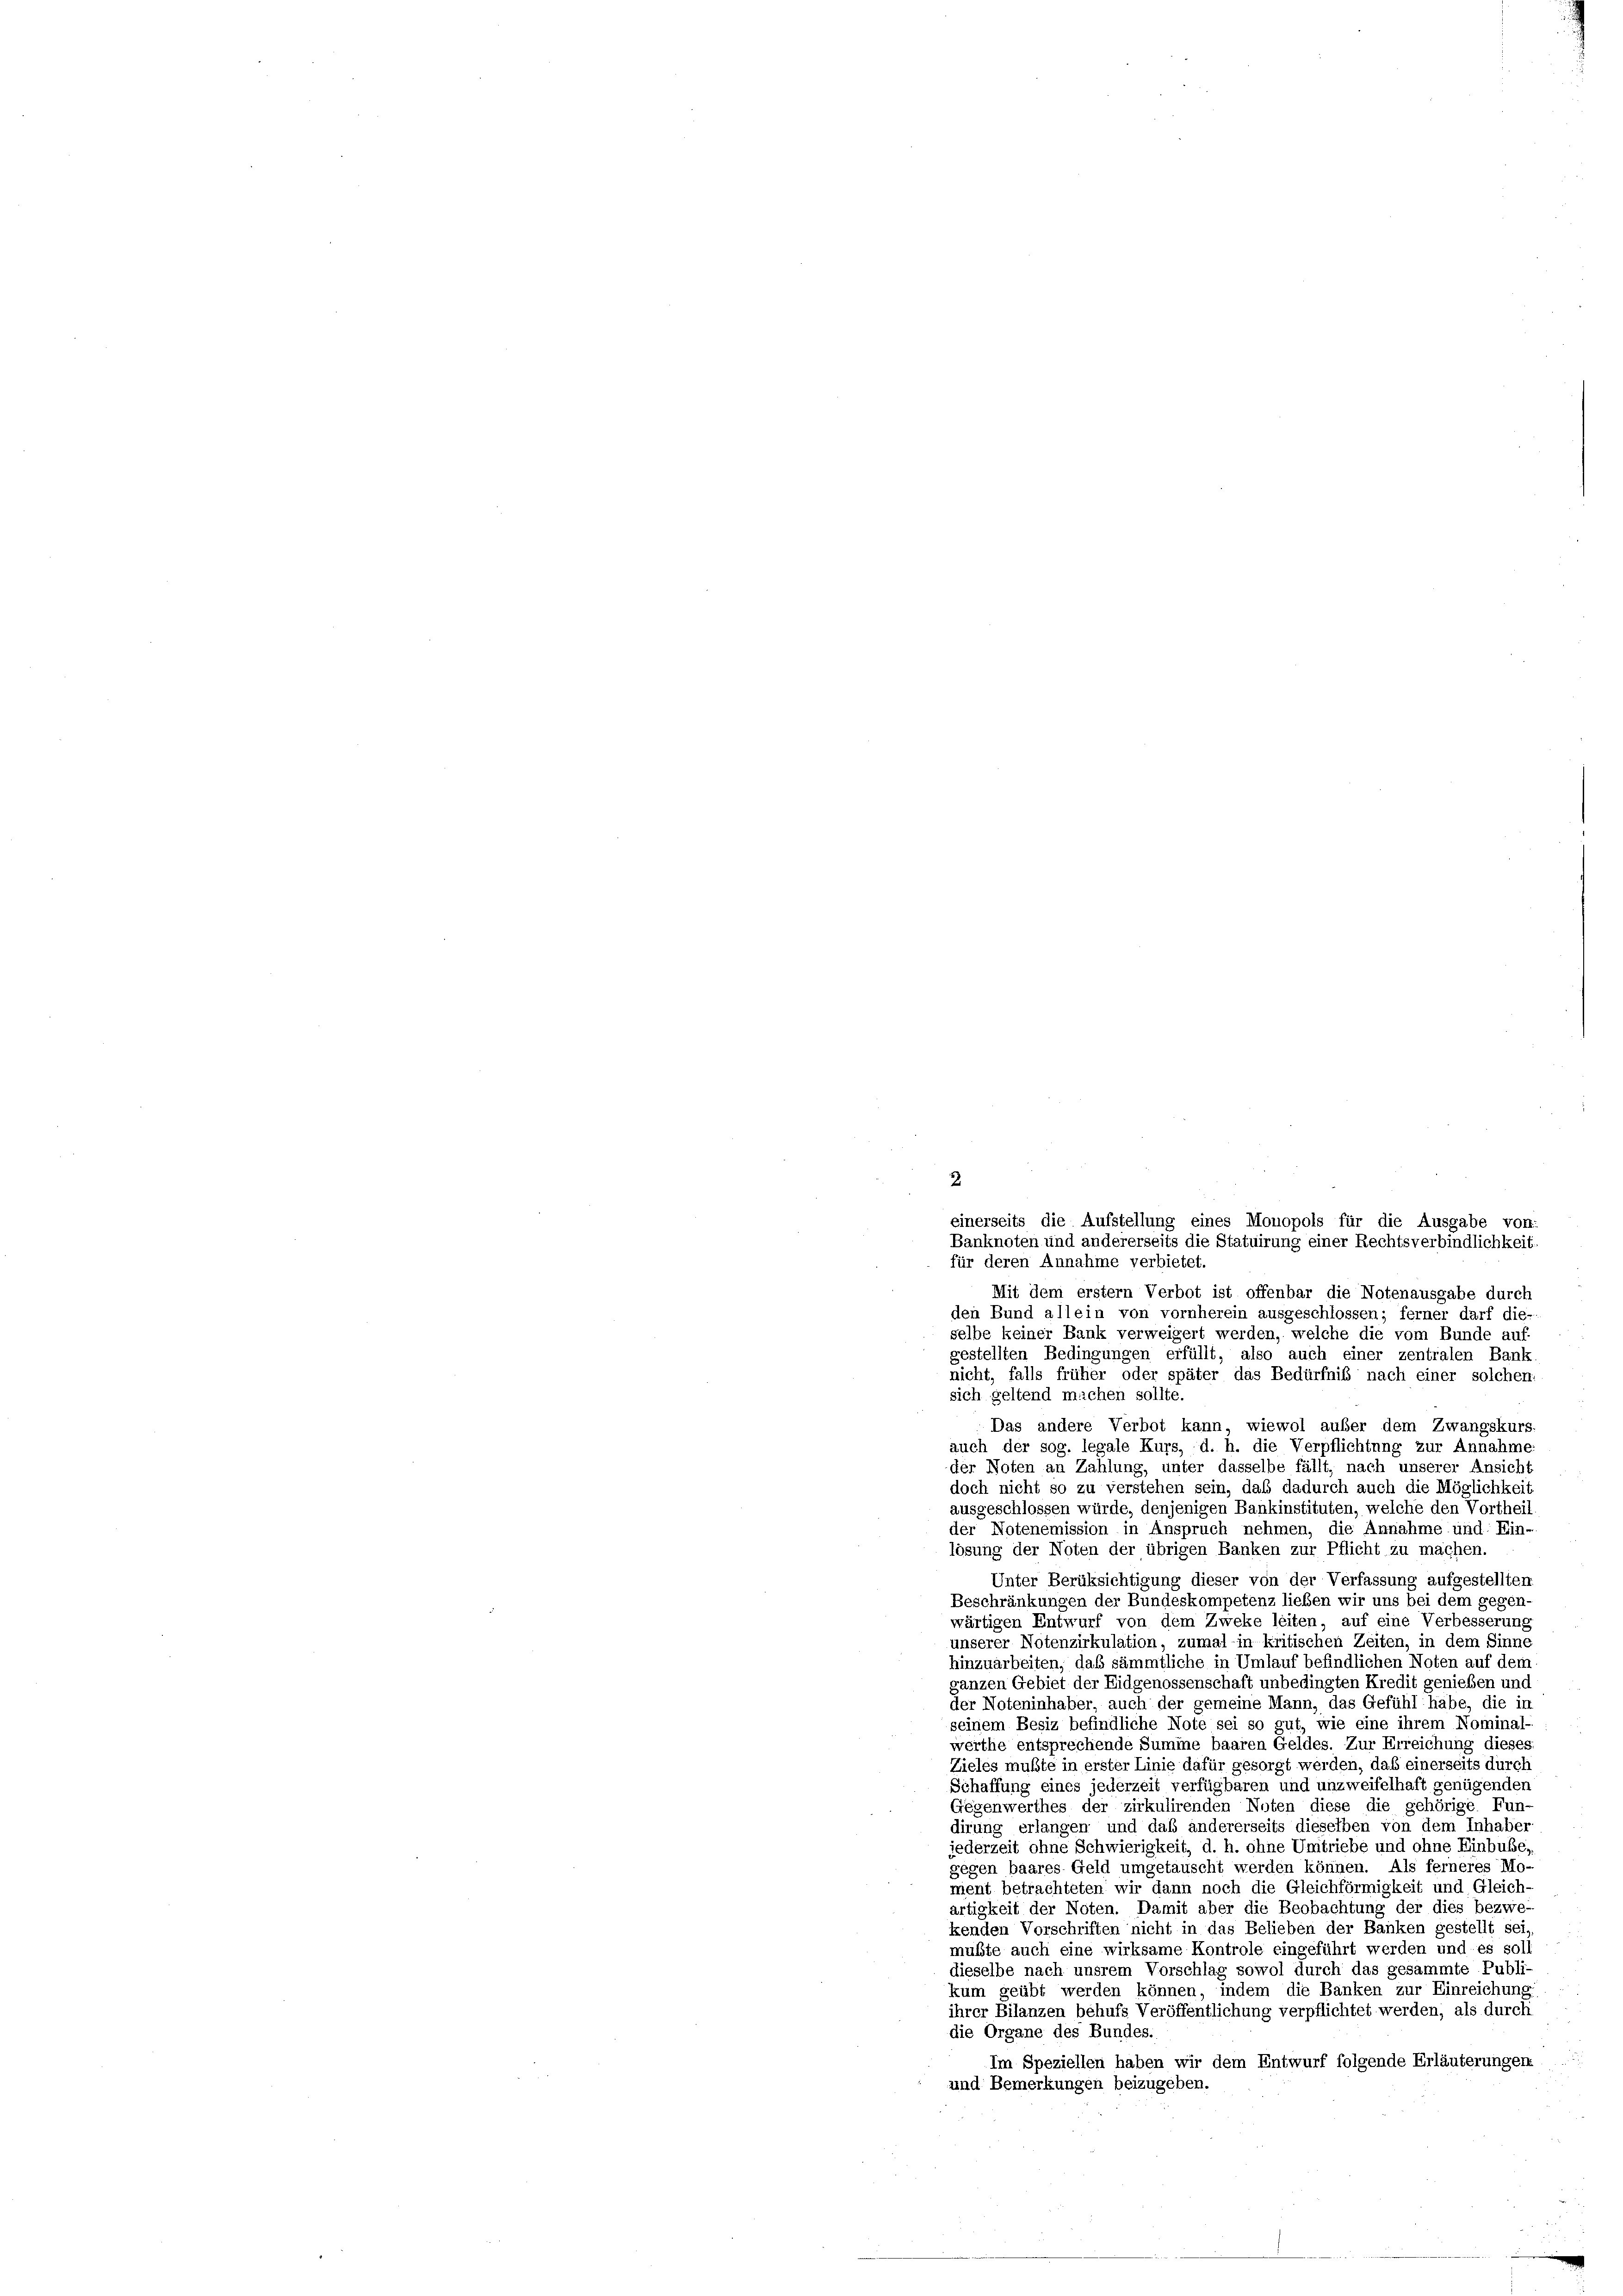
2

einerseits die Aufstellung eines Monopols für die Ausgabe von:
Banknoten und andererseits die Statuirung einer Rechtsverbindlichkeit
für deren Annahme verbietet.
Mit dem erstem Verbot ist offenbar die Notenausgabe durch
den Bund allein von vornherein ausgeschlossen; ferner darf die-
selbe keiner Bank verweigert werden, welche die vom Bunde auf
gestellten Bedingungen erfüllt, also auch einer zentralen Bank
nicht, falls früher oder später das Bedürfnis nach einer solchen:
sich geltend michen sollte.
Das andere Verbot kann, wiewol auber dem Zwangskurs-
auch der sog. legale Kurs, d. h. die Verpflichtung zur Annahme
der Noten an Zahlung, unter dasselbe fällt, nach unserer Ansicht
doch nicht so zu verstehen sein, daß dadurch auch die Möglichkeit
ausgeschlossen würde, denjenigen Bankinstituten, welche den Vortheil
der Notenemission in Anspruch nehmen, die Annahme und: Ein-
lösung der Noten der übrigen Banken zur Pflicht zu machen.
Unter Berüksichtigung dieser von der Verfassung aufgestellten
Beschränkungen der Bundeskompetenz lieben wir uns bei dem gegen-
wärtigen Entwurf von dem Zweke leiten, auf eine Verbesserung
unserer Notenzirkulation, zumal in kritischen Zeiten, in dem Sinne
hinzuarbeiten, daß sämmtliche in Umlauf befindlichen Noten auf dem
ganzen Gebiet der Eidgenossenschaft unbedingten Kredit genießen und
der Noteninhaber, auch der gemeine Mann, das Gefühl habe, die in
seinem Besiz befindliche Note sei so gut, wie eine ihrem Nominal-
werthe entsprechende Summe baaren Geldes. Zur Erreichung dieser
Zieles mußte in erster Linie dafür gesorgt werden, daß einerseits durch
Schaffung eines jederzeit verfügbaren und unzweifelhaft genügenden
Gegenwerthes der zirkulirenden Noten diese die gehörige Fun-
dirung erlangen und daß andererseits dieselben von dem Inhaber
jederzeit ohne Schwierigkeit, d. h. ohne Umtriebe und ohne Einbusser
gegen baares Geld umgetauscht werden können. Als ferneres Mo-
ment betrachteten wir dann noch die Gleichförmigkeit und Gleich-
artigkeit der Noten. Damit aber die Beobachtung der dies bezwe-
kenden Vorschriften nicht in das Belieben der Banken gestellt sei,
mußte auch eine wirksame Kontrole eingeführt werden und es soll
dieselbe nach unsrem Vorschlag sowol durch das gesammte Publi-
kum geübt werden können, indem die Banken zur Einreichung.
ihrer Bilanzen behufs Veröffentlichung verpflichtet werden, als durch
die Organe des Bundes.
Im Speziellen haben wir dem Entwurf folgende Erläuterungen
und Bemerkungen beizugeben.